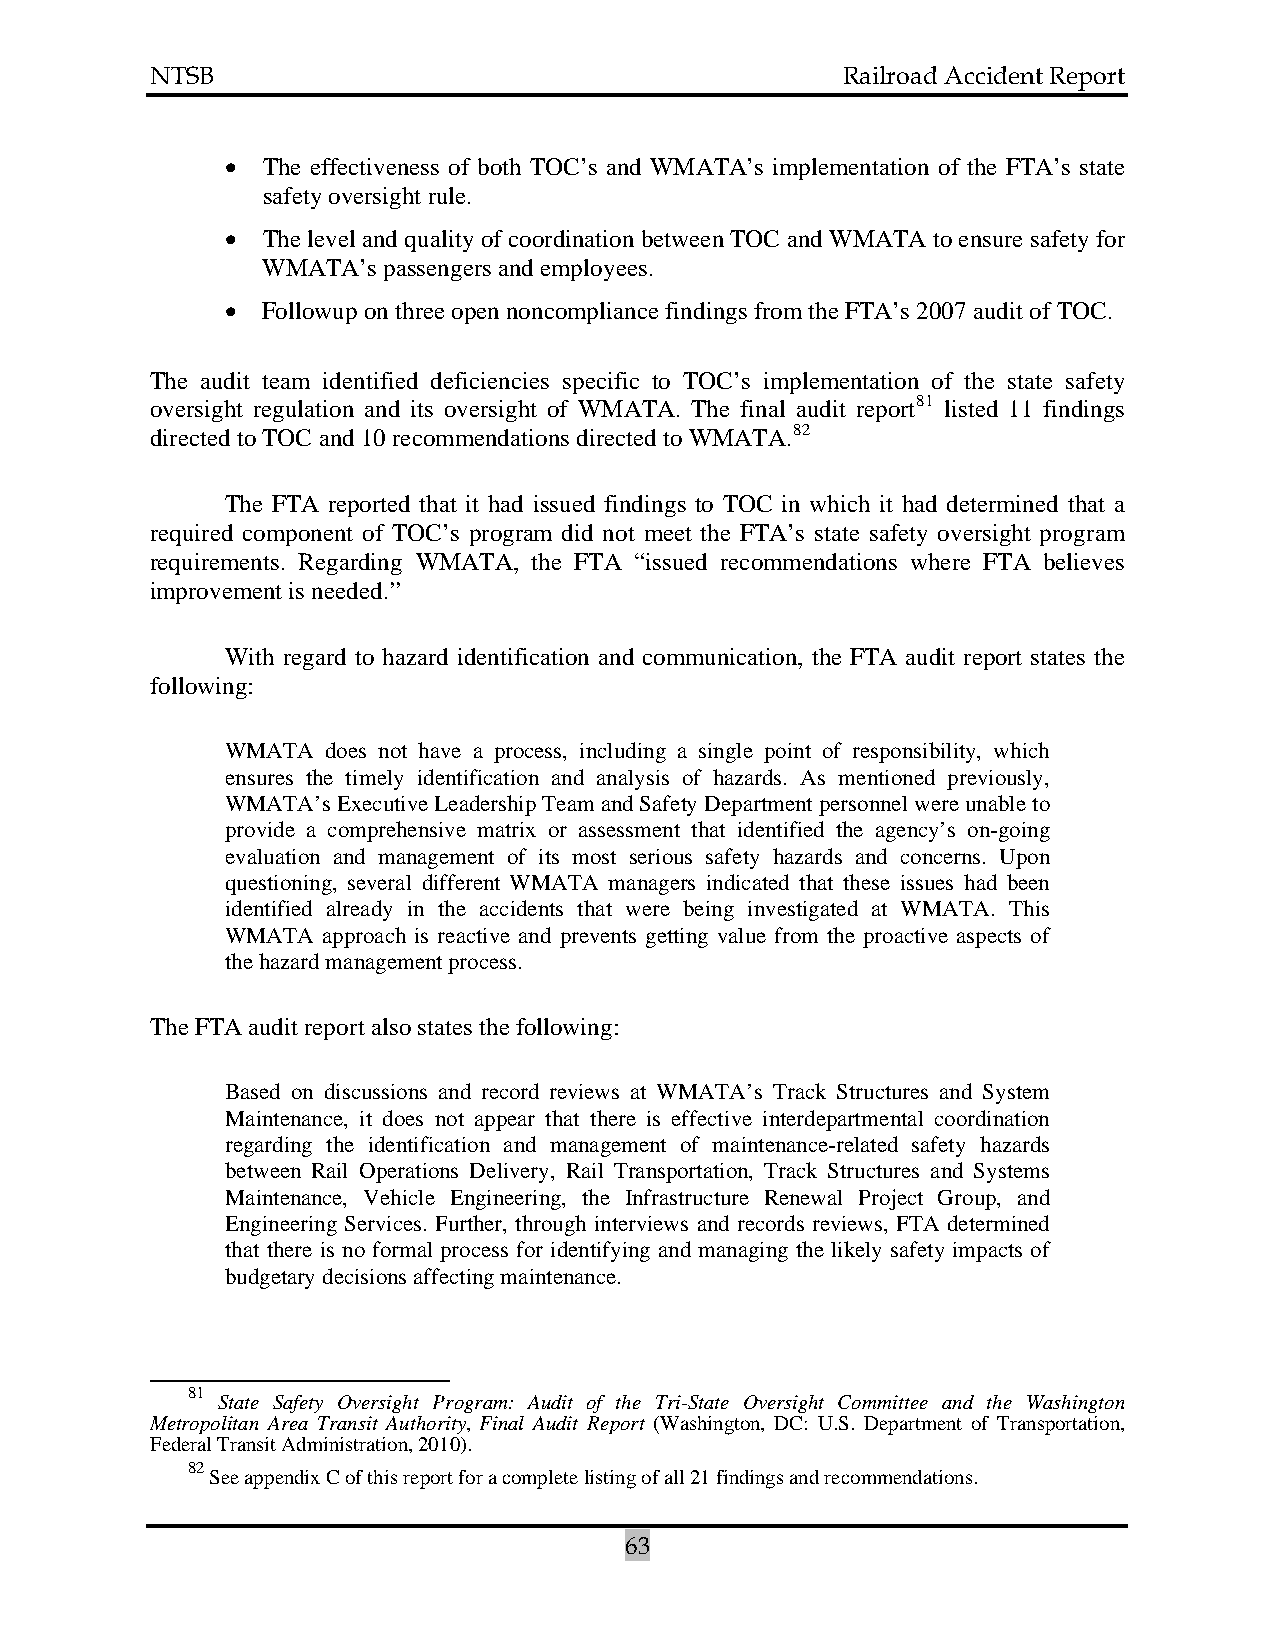
NTSB                                          Railroad Accident Report
 • The effectiveness of both TOC’s and WMATA’s implementation of the FTA’s state
 safety oversight rule.
 • The level and quality of coordination between TOC and WMATA to ensure safety for
 WMATA’s passengers and employees.
 • Followup on three open noncompliance findings from the FTA’s 2007 audit of TOC.
 The audit team identified deficiencies specific to TOC’s implementation of the state safety
 oversight regulation and its oversight of WMATA. The final audit report81 listed 11 findings
 directed to TOC and 10 recommendations directed to WMATA.82
 The FTA reported that it had issued findings to TOC in which it had determined that a
 required component of TOC’s program did not meet the FTA’s state safety oversight program
 requirements. Regarding WMATA, the FTA “issued recommendations where FTA believes
 improvement is needed.”
 With regard to hazard identification and communication, the FTA audit report states the
 following:
 WMATA  does not have a process, including a single point of responsibility, which
 ensures the timely identification and analysis of hazards. As mentioned previously,
 WMATA’s Executive Leadership Team and Safety Department personnel were unable to
 provide a comprehensive matrix or assessment that identified the agency’s on-going
 evaluation and management of its most serious safety hazards and concerns. Upon
 questioning, several different WMATA managers indicated that these issues had been
 identified already in the accidents that were being investigated at WMATA. This
 WMATA approach is reactive and prevents getting value from the proactive aspects of
 the hazard management process.
 The FTA audit report also states the following:
 Based on discussions and record reviews at WMATA’s Track Structures and System
 Maintenance, it does not appear that there is effective interdepartmental coordination
 regarding the identification and management of maintenance-related safety hazards
 between Rail Operations Delivery, Rail Transportation, Track Structures and Systems
 Maintenance, Vehicle Engineering, the Infrastructure Renewal Project Group, and
 Engineering Services. Further, through interviews and records reviews, FTA determined
 that there is no formal process for identifying and managing the likely safety impacts of
 budgetary decisions affecting maintenance.
 81
 State Safety Oversight Program: Audit of the Tri-State Oversight Committee and the Washington
 Metropolitan Area Transit Authority, Final Audit Report (Washington, DC: U.S. Department of Transportation,
 Federal Transit Administration, 2010).
 82
 See appendix C of this report for a complete listing of all 21 findings and recommendations.
 63